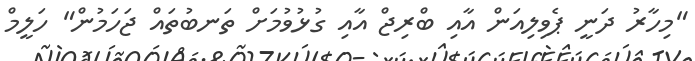
"މިހާރު ދަނީ ޕެވިލިއަން އާއި ބްރިޖް އާއި ގުޅުވުމަށް ތަނބުތައް ޖަހަމުން" ހަލީމް